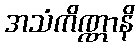
အသံကိဏ္ဏာနိ